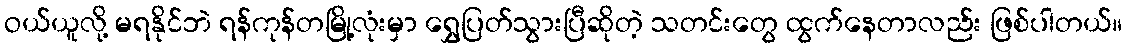
ဝယ်ယူလို့ မရနိုင်ဘဲ ရန်ကုန်တမြို့လုံးမှာ ရွှေပြတ်သွားပြီဆိုတဲ့ သတင်းတွေ ထွက်နေတာလည်း ဖြစ်ပါတယ်။